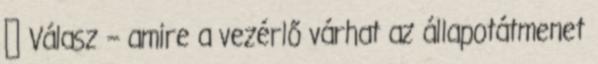
● Válasz – amire a vezérlő várhat az állapotátmenet